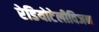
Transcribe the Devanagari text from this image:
रेडियोटेलीविजन